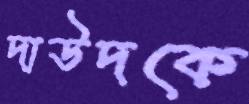
দাউদকে